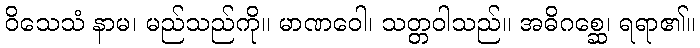
ဝိသေသံ နာမ၊ မည်သည်ကို။ မာဏဝေါ၊ သတ္တဝါသည်။ အဓိဂစ္ဆေ၊ ရရာ၏။